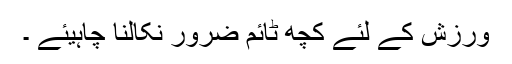
ورزش کے لئے کچھ ٹائم ضرور نکالنا چاہیئے ۔